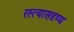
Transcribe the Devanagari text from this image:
रस्त्यासदृष्य